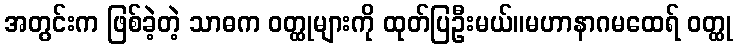
အတွင်းက ဖြစ်ခဲ့တဲ့ သာဓက ဝတ္ထုများကို ထုတ်ပြဦးမယ်။မဟာနာဂမထေရ် ဝတ္ထု